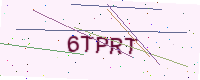
Text: 6TPRT